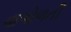
વાગોળતી